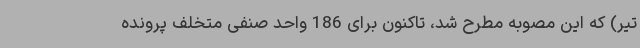
تیر) که این مصوبه مطرح شد، تاکنون برای 186 واحد صنفی متخلف پرونده